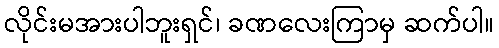
လိုင်းမအားပါဘူးရှင်၊ ခဏလေးကြာမှ ဆက်ပါ။